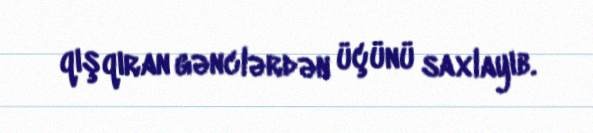
qışqıran gənclərdən üçünü saxlayıb.